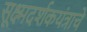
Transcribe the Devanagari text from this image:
सूक्ष्मदर्शकयंत्राचे